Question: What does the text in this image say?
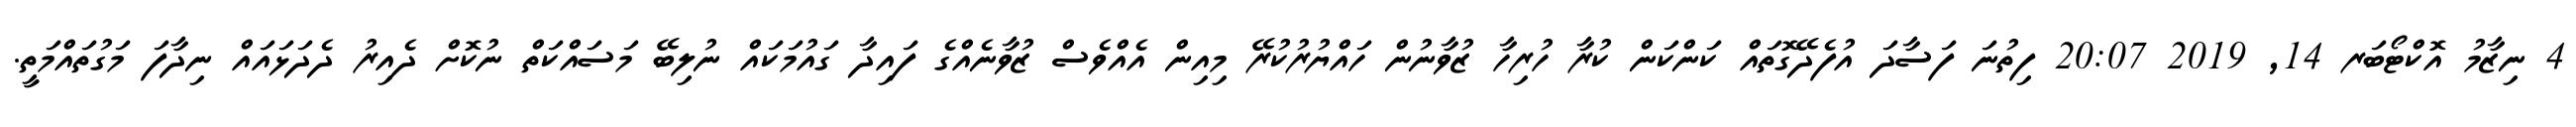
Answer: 4 ނިޒާމު އޮކްޓޯބަރ 14, 2019 20:07 ފިތުނަ ފަސާދަ އުފެދޭގޮތައް ކަންކަން ކުރާ ހުރިހާ ޒުވާނުން ހައްޔުރުކުރޭ މިއިން އެއްވެސް ޒުވާނެއްގެ ފައިދާ ގައުމަކައް ނުލިބޭ މަސައްކަތް ނުކޮށް ދެއިރު ދެދަޅައައް ނިދާފަ މަގުތައްމަތީ.